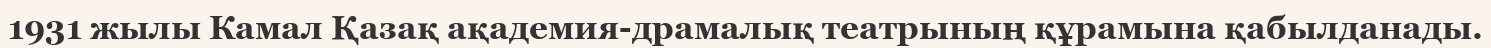
1931 жылы Камал Қазақ ақадемия-драмалық театрының құрамына қабылданады.